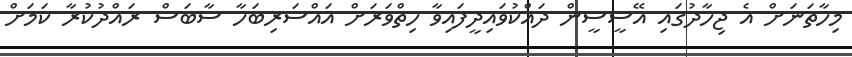
މިހާތަނަށް އެ ޖިހާދުގައި އޭސީސީން ދައްކުވައިދީފައިވާ ހިތްވަރަށް އައްސަރިބަހާ ސާބަސް ރައްދުކުރާ ކަމަށް